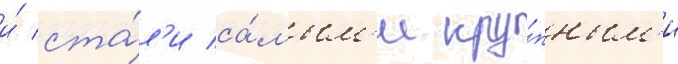
и́ ста́л'и са́мым'и кру́пным'и